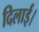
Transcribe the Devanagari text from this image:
दिलार्इ।